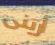
أرينى